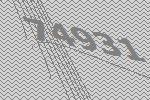
74931